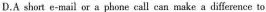
D.A short e-mail or a phone call can make a difference to